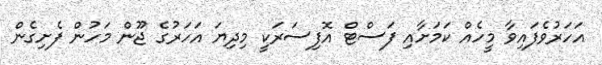
އަހަރުވެފައިވާ މީހެއް ކަމަށާއި ފަސްޓް އޮފިސަރަކީ މިދިޔަ އަހަރުގެ ޖޫން މަހުން ފެށިގެން